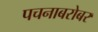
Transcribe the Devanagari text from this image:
पचनाबरोबर